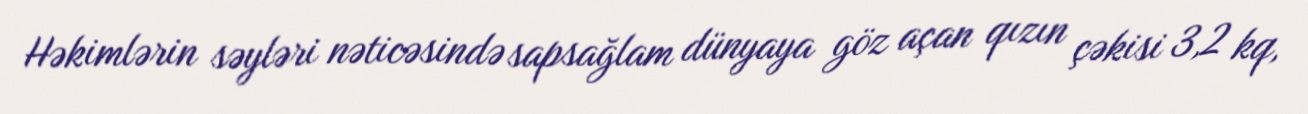
Həkimlərin səyləri nəticəsində sapsağlam dünyaya göz açan qızın çəkisi 3,2 kq,